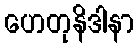
ဟေတုနိဒါနာ